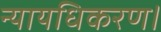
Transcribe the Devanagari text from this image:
न्यायधिकरण।